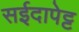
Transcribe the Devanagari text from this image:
सईदापेट्ट